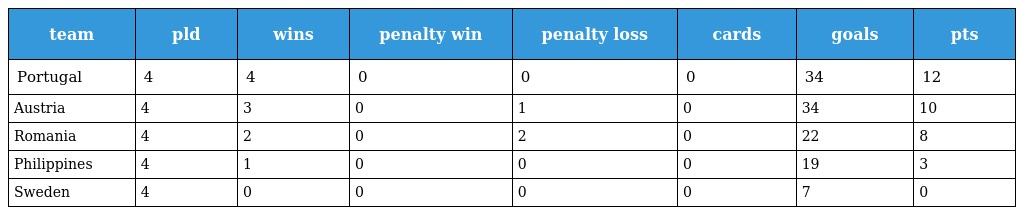
| team | pld | wins | penalty win | penalty loss | cards | goals | pts |
 | --- | --- | --- | --- | --- | --- | --- | --- |
 | Portugal | 4 | 4 | 0 | 0 | 0 | 34 | 12 |
 | Austria | 4 | 3 | 0 | 1 | 0 | 34 | 10 |
 | Romania | 4 | 2 | 0 | 2 | 0 | 22 | 8 |
 | Philippines | 4 | 1 | 0 | 0 | 0 | 19 | 3 |
 | Sweden | 4 | 0 | 0 | 0 | 0 | 7 | 0 |